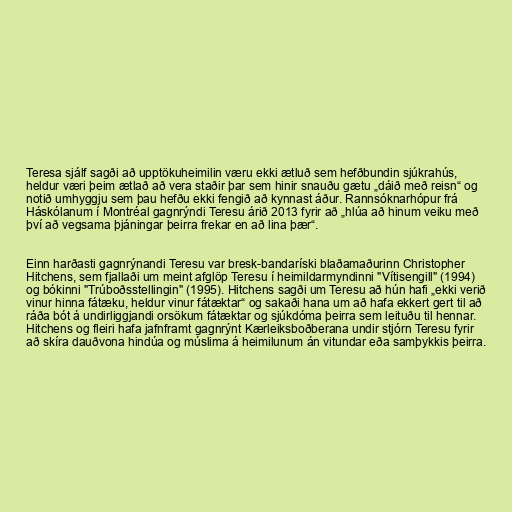
Teresa sjálf sagði að upptökuheimilin væru ekki ætluð sem hefðbundin sjúkrahús,
heldur væri þeim ætlað að vera staðir þar sem hinir snauðu gætu „dáið með reisn“ og
notið umhyggju sem þau hefðu ekki fengið að kynnast áður. Rannsóknarhópur frá
Háskólanum í Montréal gagnrýndi Teresu árið 2013 fyrir að „hlúa að hinum veiku með
því að vegsama þjáningar þeirra frekar en að lina þær“.

Einn harðasti gagnrýnandi Teresu var bresk-bandaríski blaðamaðurinn Christopher
Hitchens, sem fjallaði um meint afglöp Teresu í heimildarmyndinni "Vítisengill" (1994)
og bókinni "Trúboðsstellingin" (1995). Hitchens sagði um Teresu að hún hafi „ekki verið
vinur hinna fátæku, heldur vinur fátæktar“ og sakaði hana um að hafa ekkert gert til að
ráða bót á undirliggjandi orsökum fátæktar og sjúkdóma þeirra sem leituðu til hennar.
Hitchens og fleiri hafa jafnframt gagnrýnt Kærleiksboðberana undir stjórn Teresu fyrir
að skíra dauðvona hindúa og múslima á heimilunum án vitundar eða samþykkis þeirra.